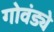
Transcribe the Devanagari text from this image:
गोवंड्ये